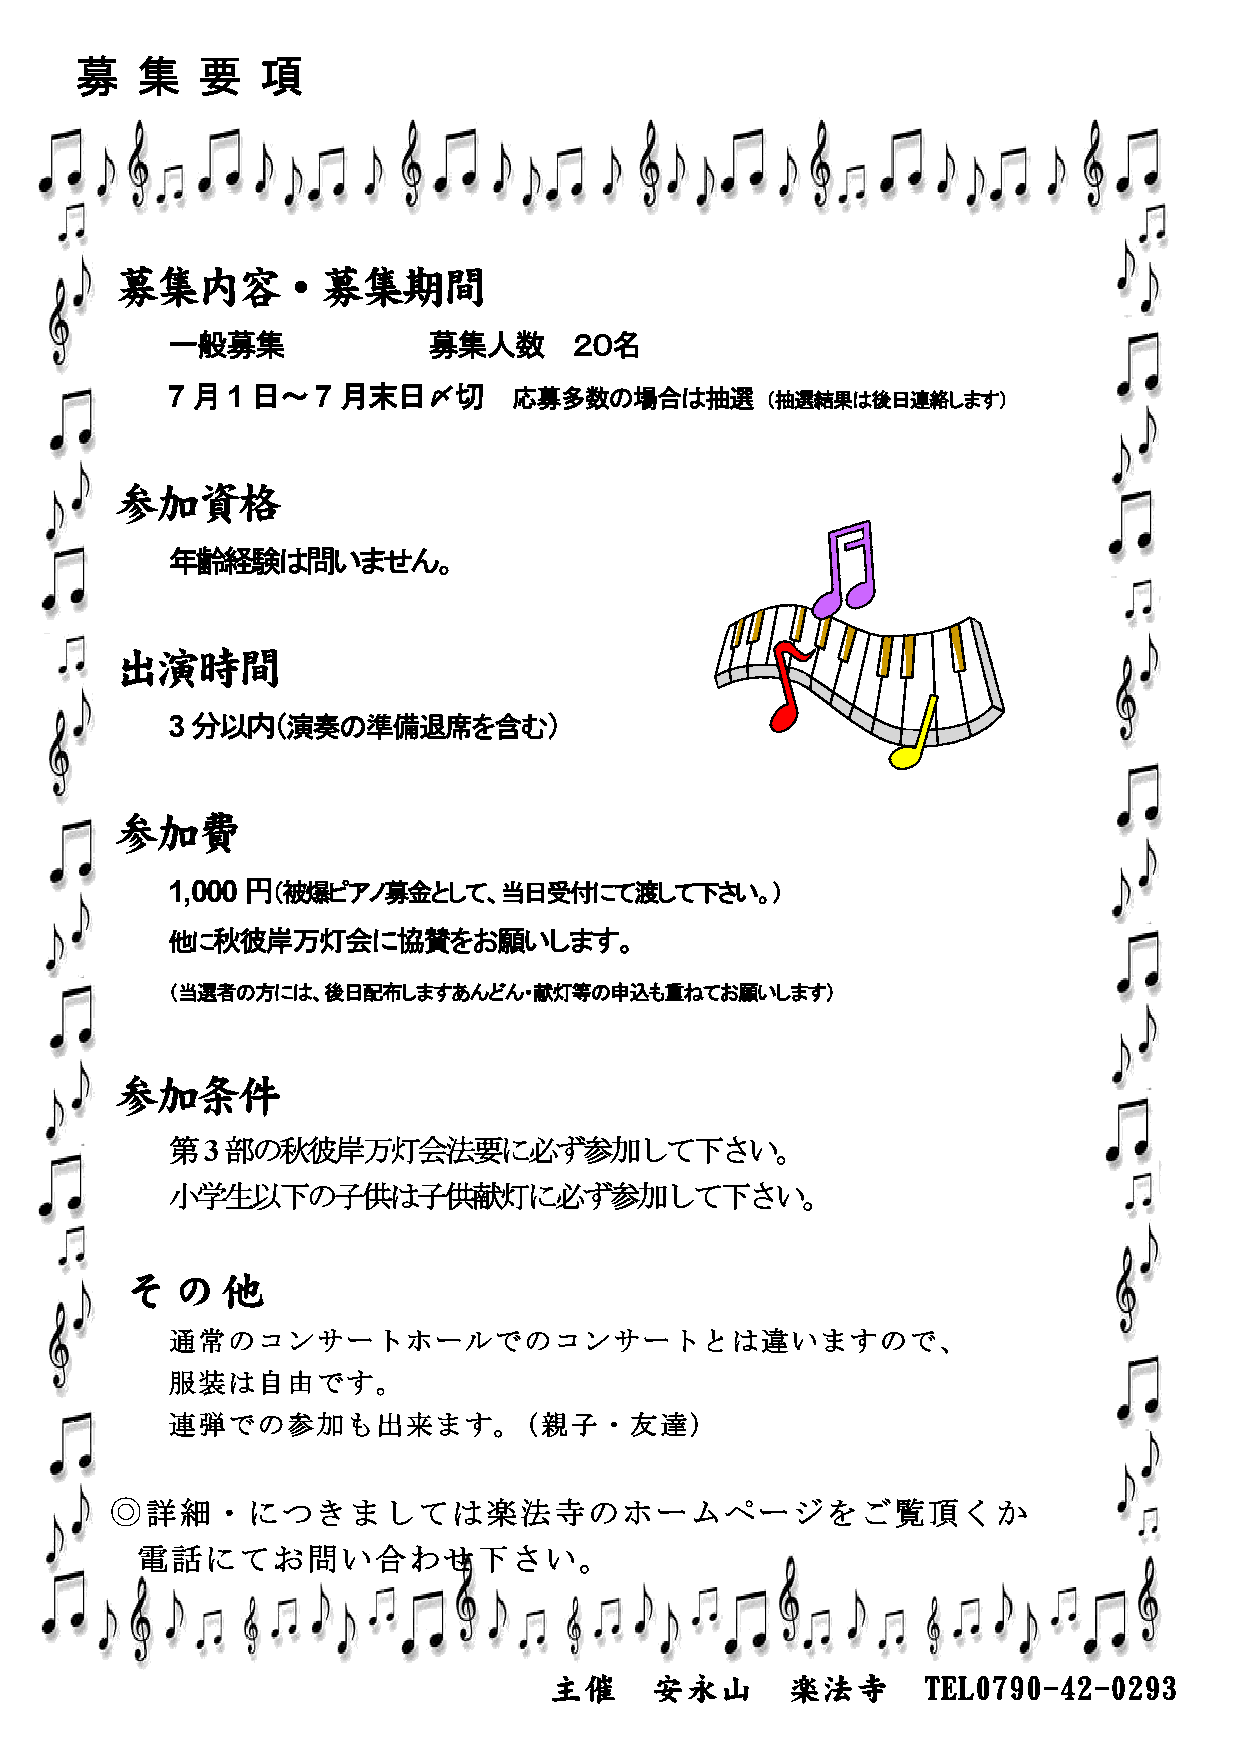
募   集   要   項
 募集内容・募集期間
 一般募集             募集人数      ２０名
 7月1日～7月末日〆切            応募多数の場合は抽選       （抽選結果は後日連絡します）
 参加資格
 年齢経験は問いません。
 出演時間
 3分以内（演奏の準備退席を含む）
 参加費
 1,000円（被爆ピアノ募金として、当日受付にて渡して下さい。）
 他に秋彼岸万灯会に協賛をお願いします。
 （当選者の方には、後日配布しますあんどん・献灯等の申込も重ねてお願いします）
 参加条件
 第3部の秋彼岸万灯会法要に必ず参加して下さい。
 小学生以下の子供は子供献灯に必ず参加して下さい。
 その他
 通常のコンサートホールでのコンサートとは違いますので、
 服装は自由です。
 連弾での参加も出来ます。（親子・友達）
 ◎詳細・につきましては楽法寺のホームページをご覧頂くか
 電話にてお問い合わせ下さい。
 主催     安永山      楽法寺      TEL0790-42-0293